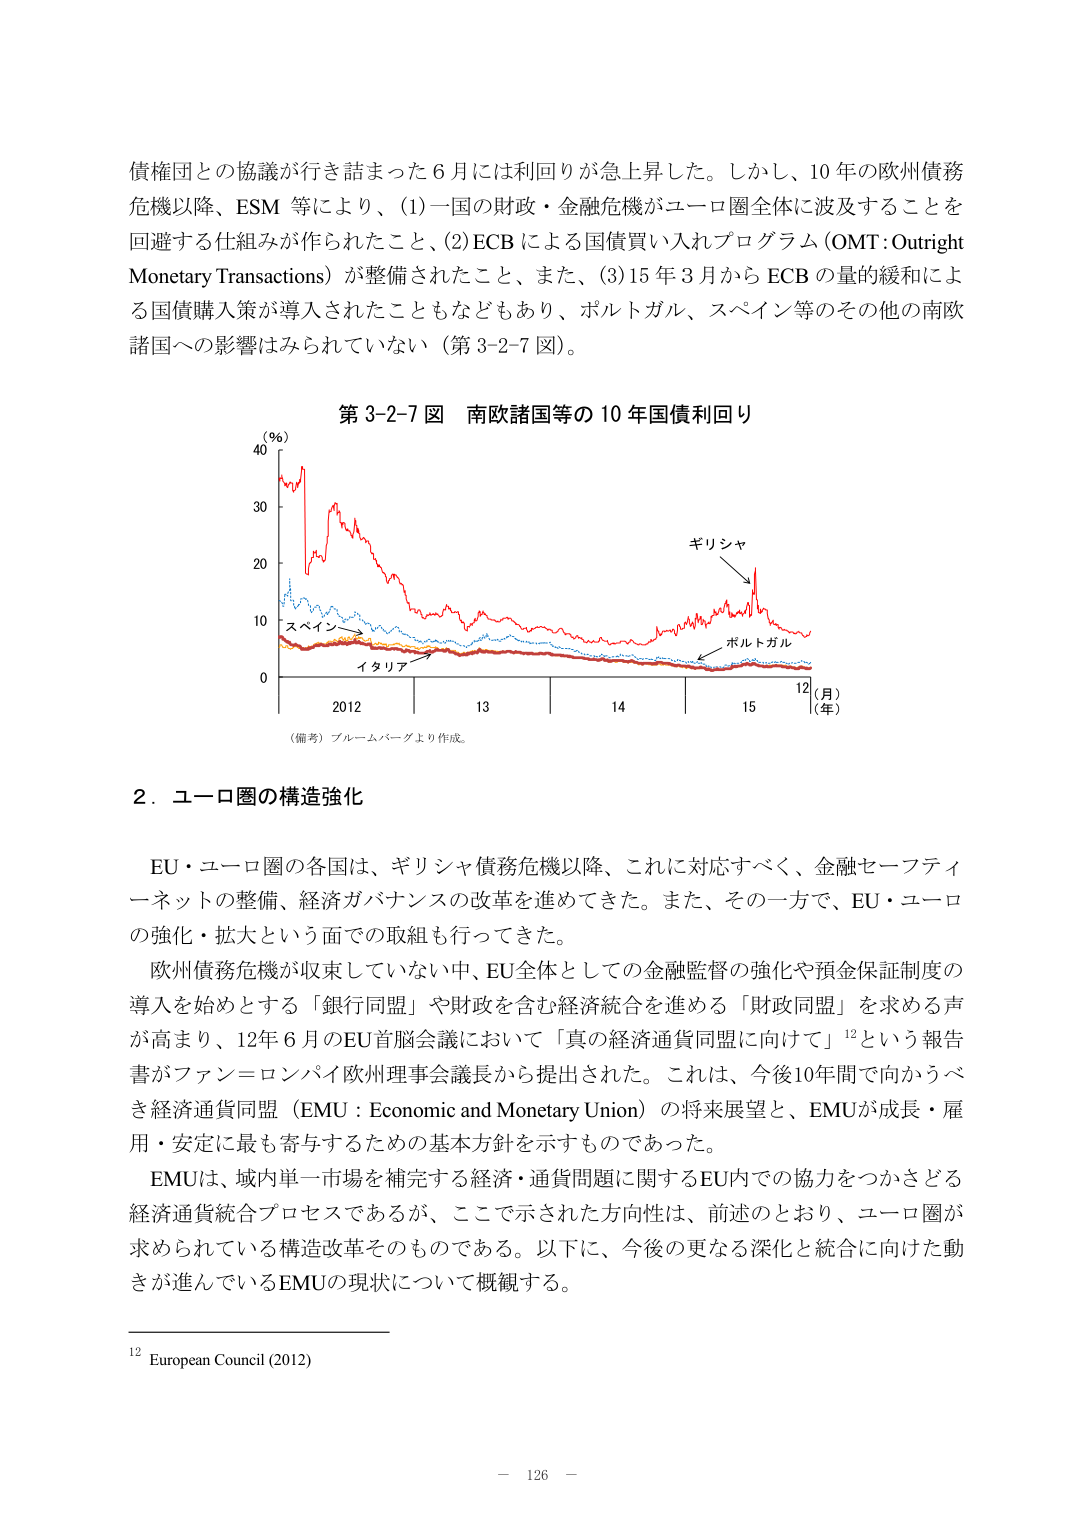
債権団との協議が行き詰まった６月には利回りが急上昇した。しかし、10年の欧州債務危機以降、ESM等により、(1)一国の財政・金融危機がユーロ圏全体に波及することを回避する仕組みが作られたこと、(2)ECBによる国債買い入れプログラム(OMT:Outright Monetary Transactions)が整備されたこと、また、(3)15年3月からECBの量的緩和による国債購入策が導入されたこともなどもあり、ポルトガル、スペイン等のその他の南欧諸国への影響はみられていない（第3-2-7図）。

第3-2-7図 南欧諸国等の10年国債利回り

（％）
40
30
20
10
0
2012 13 14 15 12（月）
（年）

（備考）ブルームバーグより作成。

ギリシャ
スペイン
イタリア
ポルトガル

2．ユーロ圏の構造強化

EU・ユーロ圏の各国は、ギリシャ債務危機以降、これに対応すべく、金融セーフティーネットの整備、経済ガバナンスの改革を進めてきた。また、その一方で、EU・ユーロの強化・拡大という面での取組も行ってきた。

欧州債務危機が収束していない中、EU全体としての金融監督の強化や預金保証制度の導入を始めとする「銀行同盟」や財政を含む経済統合を進める「財政同盟」を求める声が高まり、12年6月のEU首脳会議において「真の経済通貨同盟に向けて」¹²という報告書がファン＝ロンパイ欧州理事会議長から提出された。これは、今後10年間で向かうべき経済通貨同盟（EMU：Economic and Monetary Union）の将来展望と、EMUが成長・雇用・安定に最も寄与するための基本方針を示すものであった。

EMUは、域内単一市場を補完する経済・通貨問題に関するEU内での協力をつかさどる経済通貨統合プロセスであるが、ここで示された方向性は、前述のとおり、ユーロ圏が求められている構造改革そのものである。以下に、今後の更なる深化と統合に向けた動きが進んでいるEMUの現状について概観する。

¹² European Council (2012)

－ 126 －